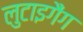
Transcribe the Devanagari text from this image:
लुटाइगैंग